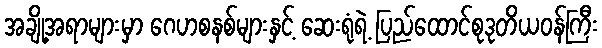
အချို့အရာများမှာ ဂေဟစနစ်များနှင့် ဆေးရုံရဲ့ ပြည်ထောင်စုဒုတိယဝန်ကြီး